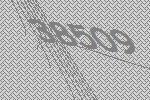
38509